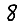
Digit: 8